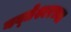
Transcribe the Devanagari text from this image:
यव्तेश्वरच्या